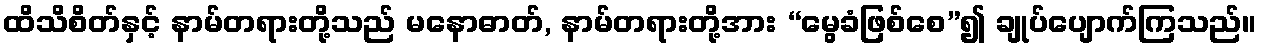
ထိသိစိတ်နှင့် နာမ်တရားတို့သည် မနောဓာတ်, နာမ်တရားတို့အား “မွေခံဖြစ်စေ”၍ ချုပ်ပျောက်ကြသည်။